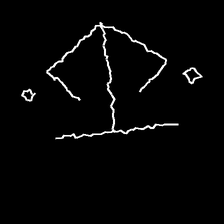
Glyph: earth